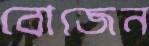
বোজেন